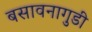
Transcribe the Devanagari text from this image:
बसावनागुडी